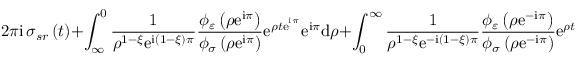
2 \pi \mathrm { i \, } \sigma _ { s r } \left( t \right) + \int _ { \infty } ^ { 0 } \frac { 1 } { \rho ^ { 1 - \xi } \mathrm { e } ^ { \mathrm { i } \left( 1 - \xi \right) \pi } } \frac { \phi _ { \varepsilon } \left( \rho \mathrm { e } ^ { \mathrm { i } \pi } \right) } { \phi _ { \sigma } \left( \rho \mathrm { e } ^ { \mathrm { i } \pi } \right) } \mathrm { e } ^ { \rho t \mathrm { e } ^ { ^ { \mathrm { i } \pi } } } \mathrm { e } ^ { \mathrm { i } \pi } \mathrm { d } \rho + \int _ { 0 } ^ { \infty } \frac { 1 } { \rho ^ { 1 - \xi } \mathrm { e } ^ { - \mathrm { i } \left( 1 - \xi \right) \pi } } \frac { \phi _ { \varepsilon } \left( \rho \mathrm { e } ^ { - \mathrm { i } \pi } \right) } { \phi _ { \sigma } \left( \rho \mathrm { e } ^ { - \mathrm { i } \pi } \right) } \mathrm { e } ^ { \rho t \mathrm { e } ^ { - ^ { \mathrm { i } \pi } } } \mathrm { e } ^ { - \mathrm { i } \pi } \mathrm { d } \rho = 0 ,